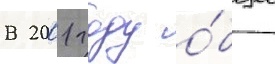
В 2001 году о́бщее